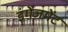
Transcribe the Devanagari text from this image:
इंगेजमेंट